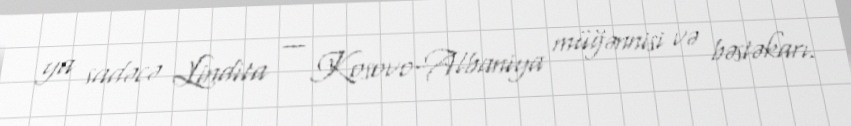
ya sadəcə Lindita — Kosovo-Albaniya müğənnisi və bəstəkarı.